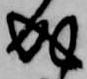
成